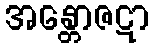
အန္တောဇဋာ